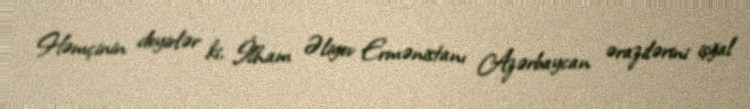
Həmçinin deyirlər ki, İlham Əliyev Ermənistanı Azərbaycan ərazilərini işğal